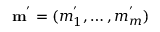
\mathbf { m ^ { ' } } = ( m _ { 1 } ^ { ' } , \dots , m _ { m } ^ { ' } )